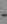
-